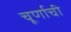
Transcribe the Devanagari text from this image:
चूर्णाची